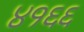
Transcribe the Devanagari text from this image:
४१६६